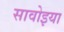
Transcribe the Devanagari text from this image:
सावोइया